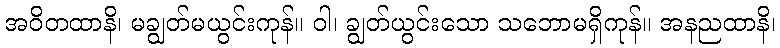
အဝိတထာနိ၊ မချွတ်မယွင်းကုန်။ ဝါ၊ ချွတ်ယွင်းသော သဘောမရှိကုန်။ အနညထာနိ၊